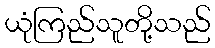
ယုံကြည်သူတို့သည်